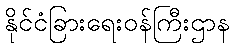
နိုင်ငံခြားရေးဝန်ကြီးဌာန